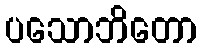
ပသောဘိတော